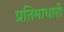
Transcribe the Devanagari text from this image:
प्रतिमाधारी